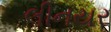
લીનયર